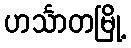
ဟင်္သာတမြို့